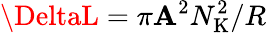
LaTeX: \DeltaL=\pi\mathbf{A}^{2}N_{\mathrm{{K}}}^{2}/R